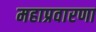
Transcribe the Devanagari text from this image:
महाप्रवारणा